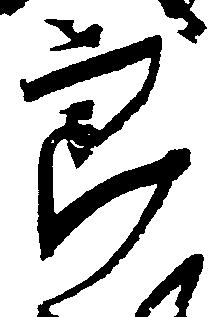
郎